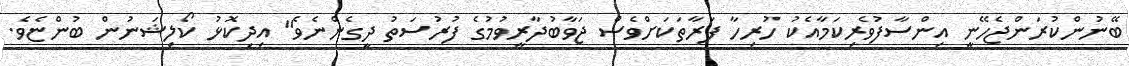
ބޭނުންކުރަންޖެހޭނީ އިންސާފުވެރިކަމާއެކު ހުރިހާ ފަރާތަކަށްވެސް ޖަވާބުދާރީވުމުގެ ފުރުސަތު ދީގެންނެވެ" އިދިކޮޅު ކޯލިޝަނުން ބުންޏެވެ.